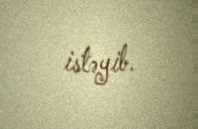
istəyib.